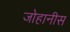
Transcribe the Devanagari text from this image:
जोहानीस